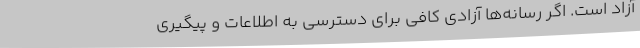
آزاد است. اگر رسانه‌ها آزادی کافی برای دسترسی به اطلاعات و پیگیری